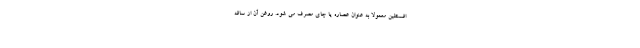
افسنطین معمولا به عنوان عصاره یا چای مصرف می شود. روغن آن از ساقه